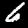
Digit: 6